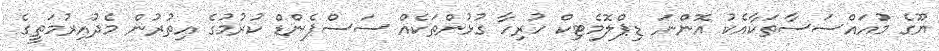
ޔޫގެ މުއައްސަސާތަކާއެކު އޮންނަ ޑިޕްލޮމެޓިކް ހުރިހާ ގުޅުންތަކެއް ސަސްޕެންޑް ކުރުމުގެ އިތުރުން މެދުއިރުމަތީގެ